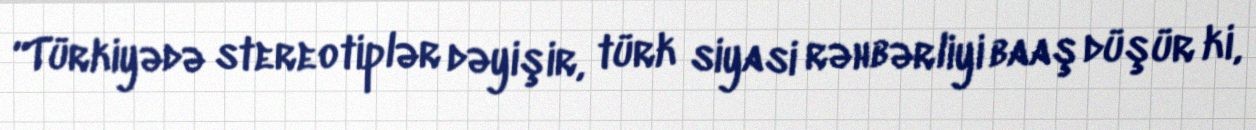
“Türkiyədə stereotiplər dəyişir, türk siyasi rəhbərliyi baaş düşür ki,